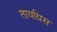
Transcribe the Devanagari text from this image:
तायग्रिस